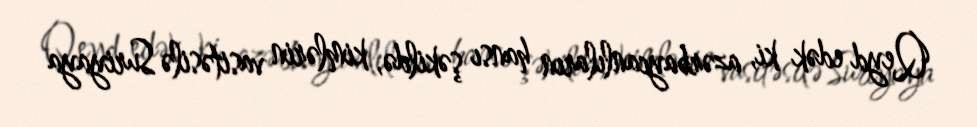
Qeyd edək ki, azərbaycanlıların hansı şəkildə, kimlərin vasitəsilə Suriyaya